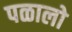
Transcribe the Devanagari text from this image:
पळालो